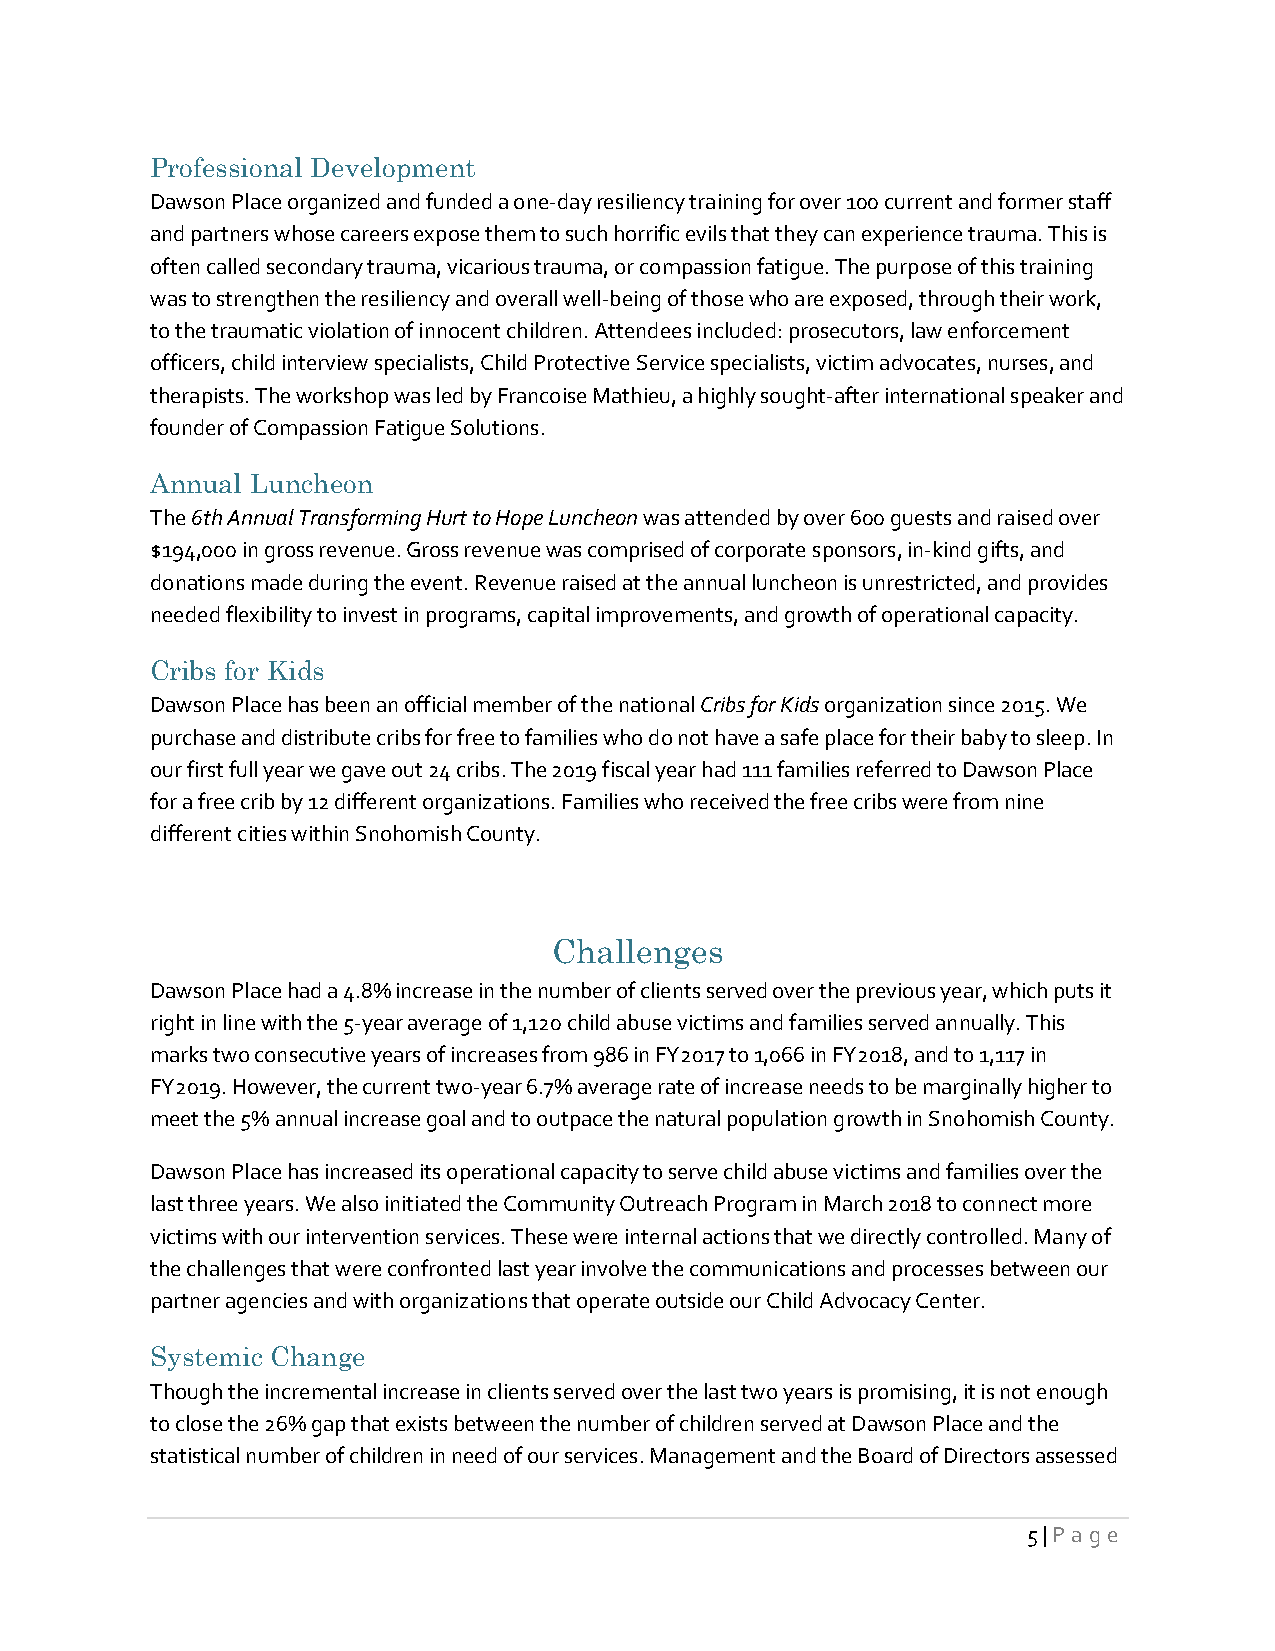
Professional Development
 Dawson Place organized and funded a one-day resiliency training for over 100 current and former staff
 and partners whose careers expose them to such horrific evils that they can experience trauma. This is
 often called secondary trauma, vicarious trauma, or compassion fatigue. The purpose of this training
 was to strengthen the resiliency and overall well-being of those who are exposed, through their work,
 to the traumatic violation of innocent children. Attendees included: prosecutors, law enforcement
 officers, child interview specialists, Child Protective Service specialists, victim advocates, nurses, and
 therapists. The workshop was led by Francoise Mathieu, a highly sought-after international speaker and
 founder of Compassion Fatigue Solutions.
 Annual Luncheon
 The 6th Annual Transforming Hurt to Hope Luncheon was attended by over 600 guests and raised over
 $194,000 in gross revenue. Gross revenue was comprised of corporate sponsors, in-kind gifts, and
 donations made during the event. Revenue raised at the annual luncheon is unrestricted, and provides
 needed flexibility to invest in programs, capital improvements, and growth of operational capacity.
 Cribs for Kids
 Dawson Place has been an official member of the national Cribs for Kids organization since 2015. We
 purchase and distribute cribs for free to families who do not have a safe place for their baby to sleep. In
 our first full year we gave out 24 cribs. The 2019 fiscal year had 111 families referred to Dawson Place
 for a free crib by 12 different organizations. Families who received the free cribs were from nine
 different cities within Snohomish County.
 Challenges
 Dawson Place had a 4.8% increase in the number of clients served over the previous year, which puts it
 right in line with the 5-year average of 1,120 child abuse victims and families served annually. This
 marks two consecutive years of increases from 986 in FY2017 to 1,066 in FY2018, and to 1,117 in
 FY2019. However, the current two-year 6.7% average rate of increase needs to be marginally higher to
 meet the 5% annual increase goal and to outpace the natural population growth in Snohomish County.
 Dawson Place has increased its operational capacity to serve child abuse victims and families over the
 last three years. We also initiated the Community Outreach Program in March 2018 to connect more
 victims with our intervention services. These were internal actions that we directly controlled. Many of
 the challenges that were confronted last year involve the communications and processes between our
 partner agencies and with organizations that operate outside our Child Advocacy Center.
 Systemic Change
 Though the incremental increase in clients served over the last two years is promising, it is not enough
 to close the 26% gap that exists between the number of children served at Dawson Place and the
 statistical number of children in need of our services. Management and the Board of Directors assessed
 5 | Pag e